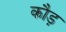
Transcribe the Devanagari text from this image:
कौड़